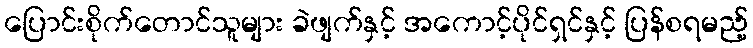
ပြောင်းစိုက်တောင်သူများ ခဲဖျက်နှင့် အကောင့်ပိုင်ရှင်နှင့် ပြန်စရမည့်